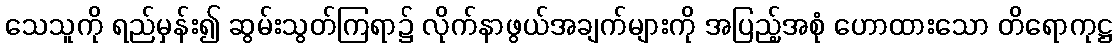
သေသူကို ရည်မှန်း၍ ဆွမ်းသွတ်ကြရာ၌ လိုက်နာဖွယ်အချက်များကို အပြည့်အစုံ ဟောထားသော တိရောကုဋ္ဌ